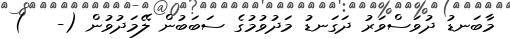
މާބަނޑު ދުވަސްވަރު ދަގަނޑު މަދުވުމުގެ ސަބަބުން ލޭމަދުވުން (-   )